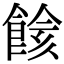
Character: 餩